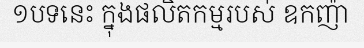
១បទនេះ ក្នុងផលិតកម្មរបស់ ឧកញ៉ា